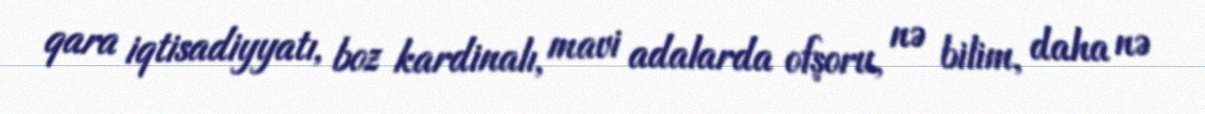
qara iqtisadiyyatı, boz kardinalı, mavi adalarda ofşoru, nə bilim, daha nə